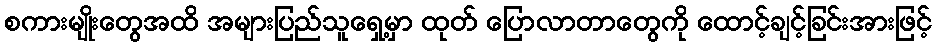
စကားမျိုးတွေအထိ အများပြည်သူရှေ့မှာ ထုတ် ပြောလာတာတွေကို ထောင့်ချင့်ခြင်းအားဖြင့်